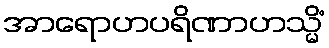
အာရောဟပရိဏာဟသ္မိံ